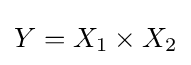
Y=X_{1}\times X_{2}